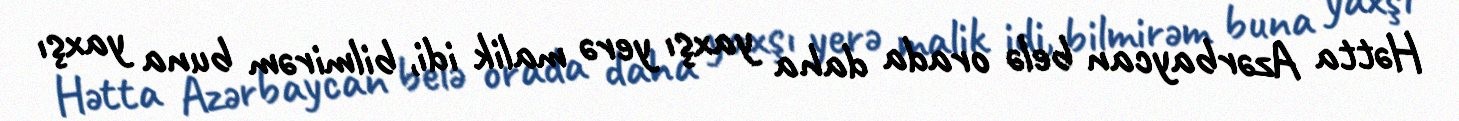
Hətta Azərbaycan belə orada daha yaxşı yerə malik idi, bilmirəm buna yaxşı